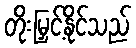
တိုးမြှင့်နိုင်သည်